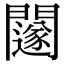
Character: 𨷃